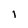
Character: I